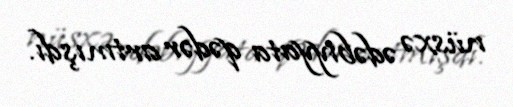
nüsxə ədəbiyyata qədər artmışdı.